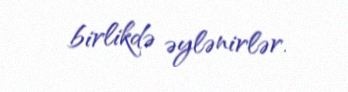
birlikdə əylənirlər.